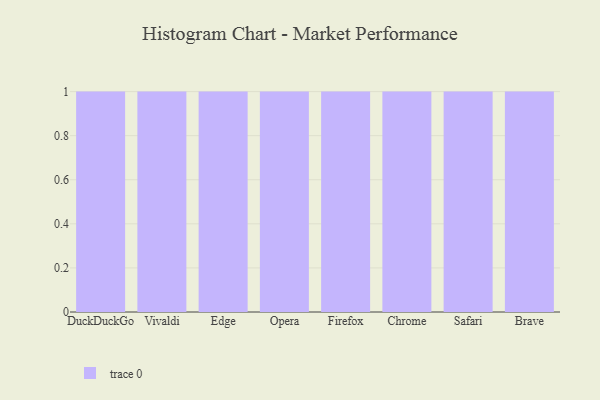
{"axis": {"x": "Browser", "y": "Production Output"}, "legend": [""], "data": [{"x": "DuckDuckGo", "y": 87, "type": ""}, {"x": "Vivaldi", "y": 53, "type": ""}, {"x": "Edge", "y": 67, "type": ""}, {"x": "Opera", "y": 83, "type": ""}, {"x": "Firefox", "y": 29, "type": ""}, {"x": "Chrome", "y": 12, "type": ""}, {"x": "Safari", "y": 63, "type": ""}, {"x": "Brave", "y": 12, "type": ""}]}